Code of medical and sanitary regulations for the guidance of medical officers serving in the Madras Presidency - Volume I
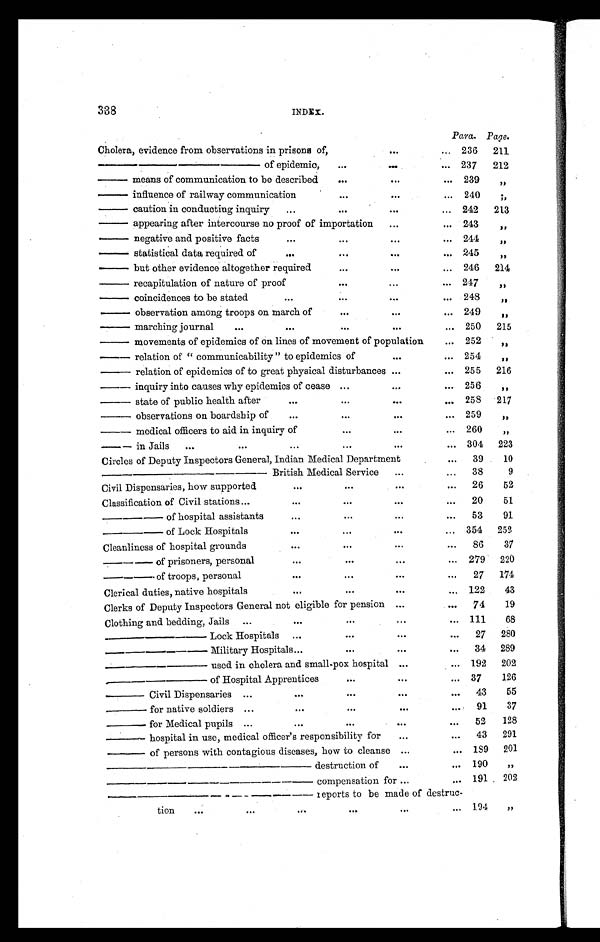
338
INDEX.
Para. Page.
Cholera, evidence from observations in prisons of,
...
... 236 211
———— of epidemic,
...
. . .
... 237
212
— means of communication to be described
. . .
. . .
. . . 239
„
— influence of railway communication
. . .
. . .
... 240
„
— caut i on i n conduct i ng i nqui ry
. . .
. . .
. . .
... 242
213
— appearing after intercourse no proof of importation
...
... 243
„
— negat i ve and posi t i ve fact s
. . .
. . .
. . .
. . . 244
„
— st at i st i cal dat a r equi r ed of
. . .
...
. . .
... 245
„
— but other evidence altogether required
. . .
...
... 246 214
— recapitulation of nature of proof
. . .
...
. . . 247
„
— coincidences to be state
...
...
...
... 248
„
— observation among troops on march of
. . .
. . .
... 249
„
— marching journal
...
. . .
...
. . .
... 250 215
— movements of epidemics of on lines of movement of population
... 252
„
— relation of "communicability" to epidemics of
. . .
... 254
„
— relation of epidemics of to great physical disturbances ...
... 255 216
— inquiry into causes why epidemics of cease ...
...
... 256
„
— state of public health after
. . .
...
. . .
... 258 217
— observations on boardship of
. . .
...
. . .
... 259
„
— medical officers to aid in inquiry of
...
. . .
... 260
„
— in Jails ...
...
...
...
. . .
... 304 223
Circles of Deputy Inspectors General, Indian Medical Department
...
39
10
———— British Medical Service
...
...
38
9
Civil Dispensaries, how supported
. . .
. . .
. . .
...
26
52
Classification of Civil stations ...
. . .
. . .
. . .
...
20
51
— — o f h o s p i t a l a s s i s t a n t s
...
...
...
...
53
91
—— of Lock Hospitals
. . .
...
. . .
... 354 252
Cleanliness of hospital grounds
. . .
. . .
. . .
. . . 86
37
—— of prisoners, personal
. . .
. . .
...
... 279 220
—— of troops, personal
. . .
...
. . .
...
27 174
Clerical duties, native hospitals
. . .
. . .
. . .
... 122
43
Clerks of Deputy Inspectors General not eligible for pension ...
...
74
19
Clothing and bedding, Jails ...
. . .
...
...
... 111
68
— — — L o c k H o s p i t a l s
...
. . .
. . .
...
27 280
——— Military Hospitals...
...
. . .
...
34 289
——— used in cholera and small-pox hospital ...
. . . 192 202
——— of Hospital Apprentices
. . .
...
... 37
126
— Civil Dispensaries ...
. . .
...
. . .
...
43
55
— for native soldiers ...
. . .
. . .
...
...
91
37
— f o r M e d i c a l p u p i l s ...
. . .
. . .
. . .
. . . 52
128
— hospital in use, medical officer's responsibility for
...
...
43 291
— of persons with contagious diseases, how to cleanse ...
... 189 201
———— destruction of
. . .
. . .190
„
— — — — c o m p e n s a t i o n f o r . . . ... 191 202
———— reports to be made of destruc-
tion ... ... ... ... ... ...
194
„